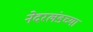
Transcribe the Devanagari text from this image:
नेदरलंडच्या